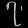
Digit: ၇